Madras plague regulations in force outside the Presidency town - Volume 2
Disease focus: Plague
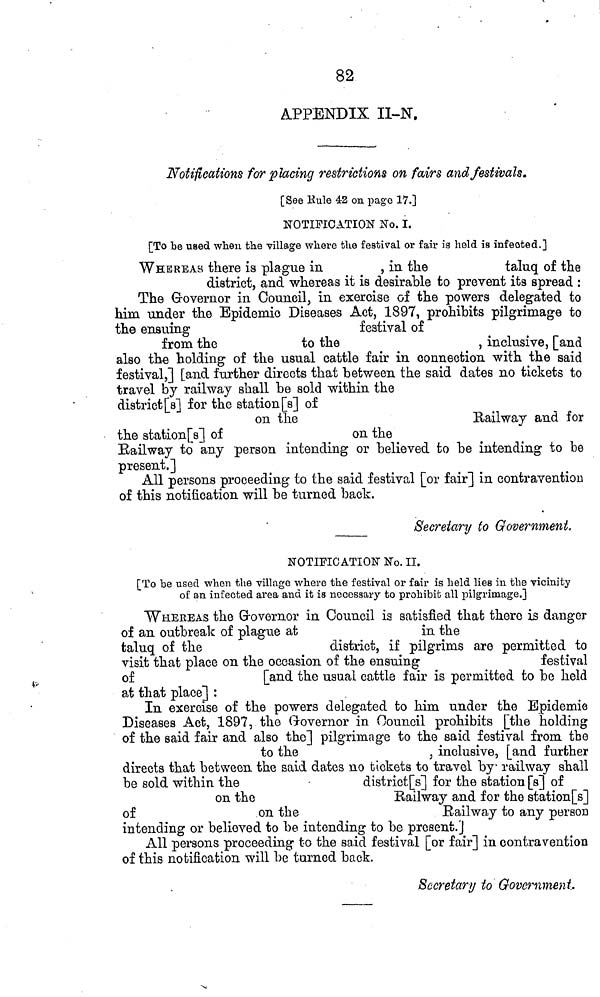
82
APPENDIX II-N.
Notifications for placing restrictions on fairs and festivals.
[See Rule 42 on pago 17.]
NOTIFICATION No. I.
[To be used when the village where the festival or fair is held is infected.]
WHEREAS there is plague in
in the
taluq of the
district, and whereas it is desirable to prevent its spread :
The Governor in Council, in exercise of the powers delegated to
him under the Epidemic Diseases Act, 1897, prohibits pilgrimage to
the ensuing
festival of
from the
to the
, inclusive, [and
also the holding of the usual cattle fair in connection with the said
festival,] [and further directs that between the said dates no tickets to
travel by railway shall be sold within the
district[s] for the station [s] of
on the
Railway and for
the station[s] of
on the
Railway to any person intending or believed to be intending to be
present.]
All persons proceeding to the said festival [or fair] in contravention
of this notification will be turned back.
Secretary to Government.
NOTIFICATION No. II.
[To be used when the village where the festival or fair is held lies in the vicinity
of an infected area and it is necessary to prohibit all pilgrimage.]
WHEREAS the Governor in Council is satisfied that there is danger
of an outbreak of plague at
in the
taluq of the
district, if pilgrims are permitted to
visit that place on the occasion of the ensuing
festival
of
[and the usual cattle fair is permitted to be held
at that place] :
In exercise of the powers delegated to him under the Epidemie
Diseases Act, 1897, the Governor in Council prohibits [the holding
of the said fair and also the] pilgrimage to the said festival from the
to the
, inclusive, [and further
directs that between the said dates no tickets to travel by railway shall
be sold within the
district [s] for the station [s] of
on the
Railway and for the station[s]
of
on the
Railway
to any person
intending or believed to be intending to be present.]
All persons proceeding to the said festival [or fair] in contravention
of this notification will be turned back.
Secretary to Government..